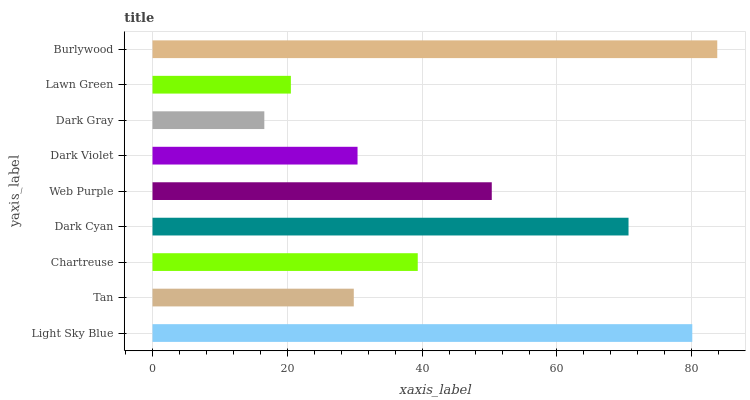
| yaxis_label | bars |
 | --- | --- |
 | Light Sky Blue | 80.1 |
 | Tan | 29.9 |
 | Chartreuse | 39.4 |
 | Dark Cyan | 70.6 |
 | Web Purple | 50.3 |
 | Dark Violet | 30.4 |
 | Dark Gray | 16.6 |
 | Lawn Green | 20.5 |
 | Burlywood | 83.8 |